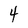
Character: 4